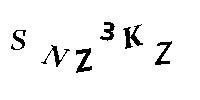
SNZ3KZ